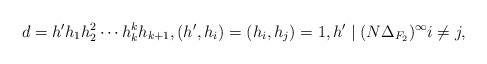
LaTeX: \begin{align*}d=h'h_1h_2^2\cdots h_k^kh_{k+1}, (h', h_i)=(h_i,h_j)=1, h'\mid (N\Delta_{F_2})^\infty i\neq j,\end{align*}